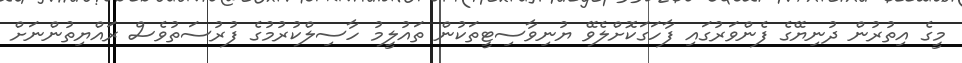
މީގެ އިތުރުން ދުނިޔޭގެ ފެންވަރުގައި ފާހަގަކޮށްލެވޭ ޔުނިވާސިޓީތަކުން ތައުލީމު ހާސިލްކުރުމުގެ ފުރުސަތުވެސް ރައްޔިތުންނަށް